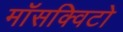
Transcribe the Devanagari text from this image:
माॅसक्विटो